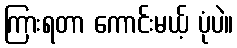
ကြားရတာ ကောင်းမယ့် ပုံပဲ။